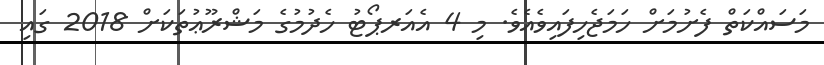
މަސައްކަތް ފެށުމަށް ހަމަޖެހިފައިވެއެވެ. މި 4 އެއަރޕޯޓު ހެދުމުގެ މަޝްރޫޢުތަކަށް 2018 ގައި